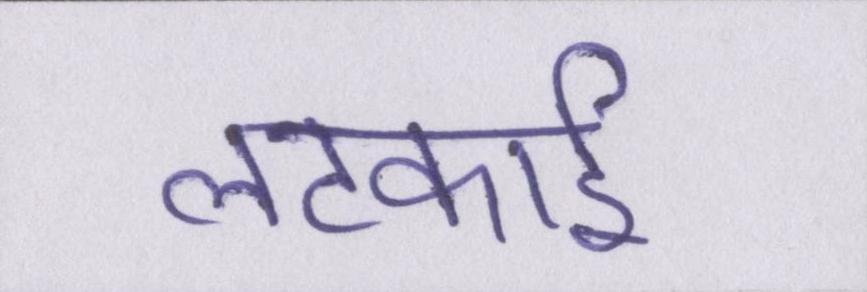
लटकाई